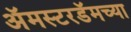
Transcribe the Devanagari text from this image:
अॅमस्टरडॅमच्या